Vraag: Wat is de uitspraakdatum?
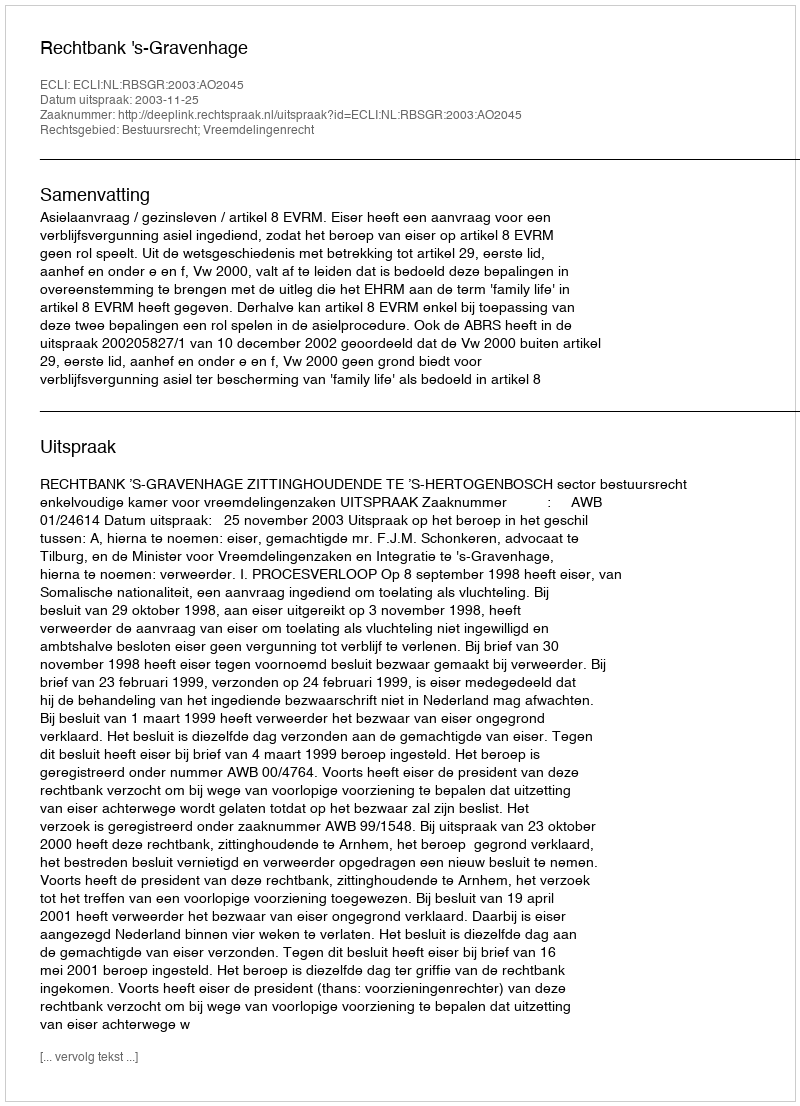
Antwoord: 2003-11-25